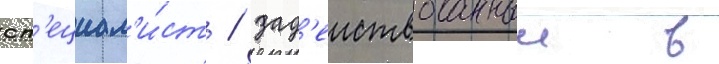
сп'ециал'и́ст / зад'еиствованныи в